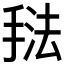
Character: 𰔃